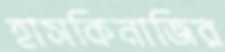
হাসকিনাজির